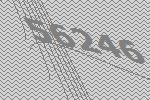
56246